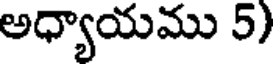
అధ్యాయము 5)